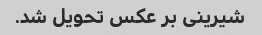
شیرینی بر عکس تحویل شد.